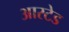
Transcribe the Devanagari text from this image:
आस्टेड